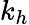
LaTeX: k_{h}